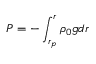
P = - \int _ { r _ { p } } ^ { r } \rho _ { 0 } { g } d r